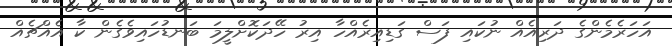
އަހަރެމެންގެ ދަރިއެއް ނުކައި ފަސް ގަޑިއިރެއްހާ އިރު ހޭދަކޮށްލީމަ ބަނޑުހައިވެގެން ކާ އެއްޗެއް